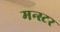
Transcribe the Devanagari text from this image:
मन्स्टर